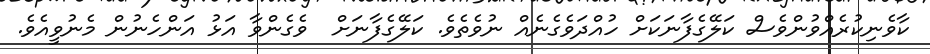
ކާވެނިކުރެއްވުންވެސް ކަލޭގެފާނަކަށް ހުއްދަވެގެނެއް ނުވެތެވެ. ކަލޭގެފާނަށް  ވެގެންވާ އަޅު އަންހެނުން މެނުވީއެވެ.